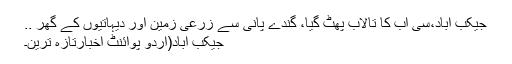
جیکب آباد،سی آب کا تالاب پھٹ گیا، گندے پانی سے زرعی زمین اور دیہاتیوں کے گھر ..
جیکب آباد(اُردو پوائنٹ اخبارتازہ ترین۔